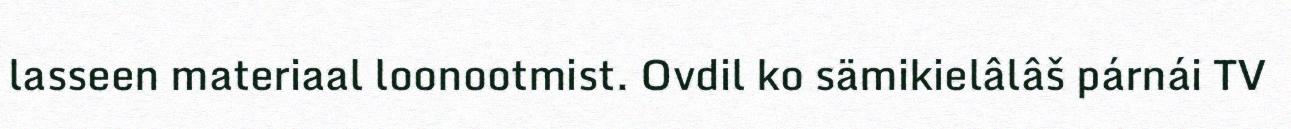
lasseen materiaal loonootmist. Ovdil ko sämikielâlâš párnái TV